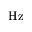
\mathrm { H z }